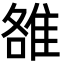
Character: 雒